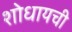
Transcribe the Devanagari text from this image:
शोधायची